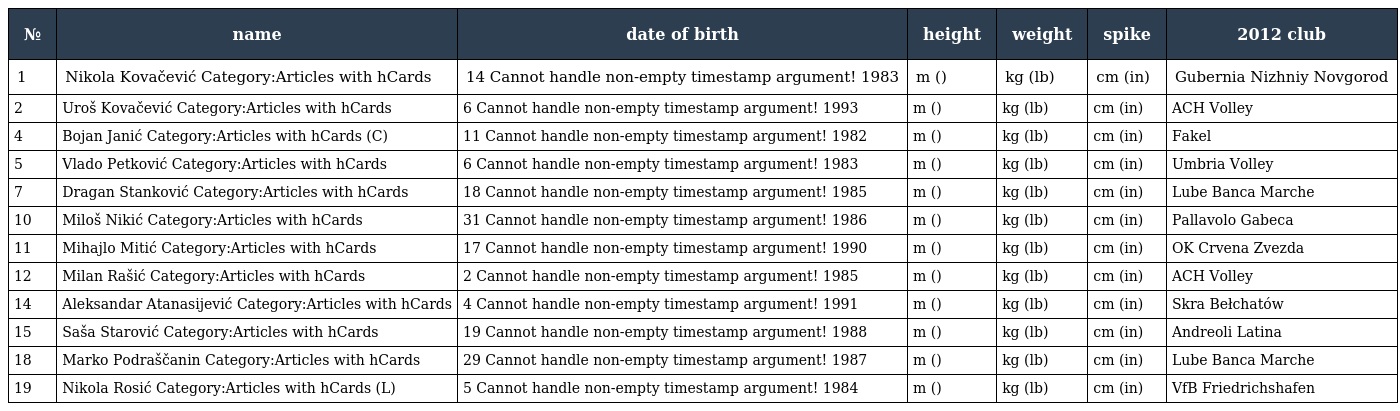
| № | name | date of birth | height | weight | spike | 2012 club |
 | --- | --- | --- | --- | --- | --- | --- |
 | 1 | Nikola Kovačević Category:Articles with hCards | 14 Cannot handle non-empty timestamp argument! 1983 | m () | kg (lb) | cm (in) | Gubernia Nizhniy Novgorod |
 | 2 | Uroš Kovačević Category:Articles with hCards | 6 Cannot handle non-empty timestamp argument! 1993 | m () | kg (lb) | cm (in) | ACH Volley |
 | 4 | Bojan Janić Category:Articles with hCards (C) | 11 Cannot handle non-empty timestamp argument! 1982 | m () | kg (lb) | cm (in) | Fakel |
 | 5 | Vlado Petković Category:Articles with hCards | 6 Cannot handle non-empty timestamp argument! 1983 | m () | kg (lb) | cm (in) | Umbria Volley |
 | 7 | Dragan Stanković Category:Articles with hCards | 18 Cannot handle non-empty timestamp argument! 1985 | m () | kg (lb) | cm (in) | Lube Banca Marche |
 | 10 | Miloš Nikić Category:Articles with hCards | 31 Cannot handle non-empty timestamp argument! 1986 | m () | kg (lb) | cm (in) | Pallavolo Gabeca |
 | 11 | Mihajlo Mitić Category:Articles with hCards | 17 Cannot handle non-empty timestamp argument! 1990 | m () | kg (lb) | cm (in) | OK Crvena Zvezda |
 | 12 | Milan Rašić Category:Articles with hCards | 2 Cannot handle non-empty timestamp argument! 1985 | m () | kg (lb) | cm (in) | ACH Volley |
 | 14 | Aleksandar Atanasijević Category:Articles with hCards | 4 Cannot handle non-empty timestamp argument! 1991 | m () | kg (lb) | cm (in) | Skra Bełchatów |
 | 15 | Saša Starović Category:Articles with hCards | 19 Cannot handle non-empty timestamp argument! 1988 | m () | kg (lb) | cm (in) | Andreoli Latina |
 | 18 | Marko Podraščanin Category:Articles with hCards | 29 Cannot handle non-empty timestamp argument! 1987 | m () | kg (lb) | cm (in) | Lube Banca Marche |
 | 19 | Nikola Rosić Category:Articles with hCards (L) | 5 Cannot handle non-empty timestamp argument! 1984 | m () | kg (lb) | cm (in) | VfB Friedrichshafen |